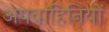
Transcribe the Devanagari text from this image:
अपवाहिनियों